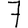
Digit: 7